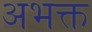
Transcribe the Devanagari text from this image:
अभक्त